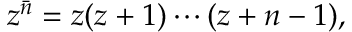
z ^ { \bar { n } } = z ( z + 1 ) \cdots ( z + n - 1 ) ,